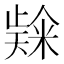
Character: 𮇬